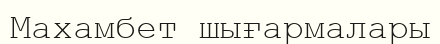
Махамбет шығармалары